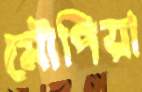
মৌপিয়া